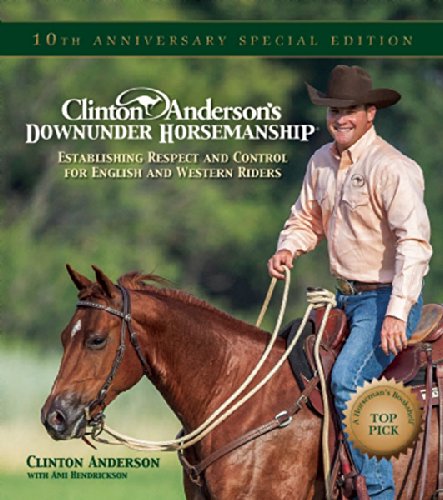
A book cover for Clinton Anderson's Downunder Horsemanship: Establishing Respect and Control for English and Western Riders; Clinton Anderson; Crafts, Hobbies & Home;